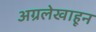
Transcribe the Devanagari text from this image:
अग्रलेखाहून